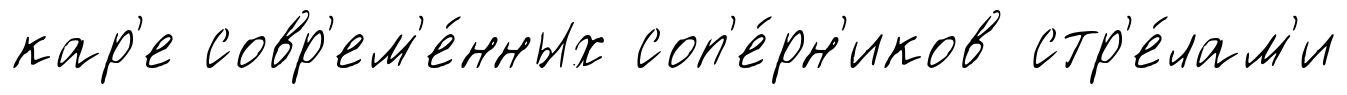
кар'е совр'ем'е́нных соп'е́рн'иков стр'е́лам'и